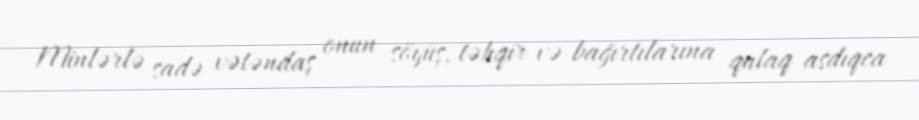
Minlərlə sadə vətəndaş onun söyüş, təhqir və bağırtılarına qulaq asdıqca